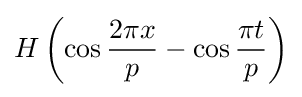
H\left(\cos {\frac {2\pi x}{p}}-\cos {\frac {\pi t}{p}}\right)